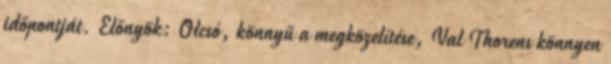
időpontját. Előnyök: Olcsó, könnyű a megközelítése, Val Thorens könnyen